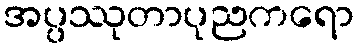
အပ္ပဿုတာပုညကရော